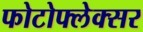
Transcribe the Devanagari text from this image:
फोटोफ्लेक्सर